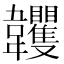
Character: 𩏺